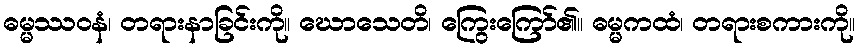
ဓမ္မဿဝနံ၊ တရားနာခြင်းကို။ ဃောသေတိ၊ ကြွေးကြော်၏။ ဓမ္မကထံ၊ တရားစကားကို။